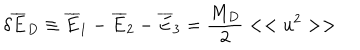
\delta { \overline { { E } } } _ { D } \equiv { \overline { { E } } } _ { 1 } - { \overline { { E } } } _ { 2 } - { \overline { { E } } _ { 3 } } = { \frac { M _ { D } } { 2 } } < < u ^ { 2 } > >